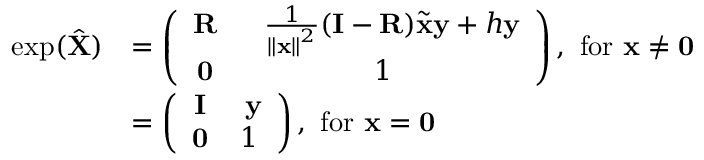
\begin{array} { r l } { \exp ( \hat { \mathbf { X } } ) } & { = \left( \begin{array} { c c } { \mathbf { R } } & { \ \ \frac { 1 } { \left\Vert \mathbf { x } \right\Vert ^ { 2 } } ( \mathbf { I } - \mathbf { R } ) \tilde { \mathbf { x } } \mathbf { y } + h \mathbf { y } } \\ { \mathbf { 0 } } & { 1 } \end{array} \right) , \ \mathrm { f o r \ } \mathbf { x } \neq \mathbf { 0 } \ } \\ & { = \left( \begin{array} { c c } { \mathbf { I } } & { \ \mathbf { y } } \\ { \mathbf { 0 } } & { 1 } \end{array} \right) , \ \mathrm { f o r \ } \mathbf { x } = \mathbf { 0 } } \end{array}